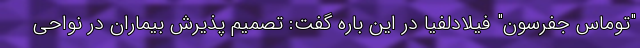
"توماس جفرسون" فیلادلفیا در این باره گفت: تصمیم پذیرش بیماران در نواحی